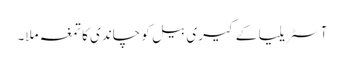
آسٹریلیا کے کیری بیل کو چاندی کا تمغہ ملا۔